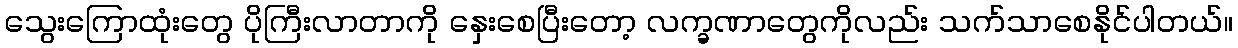
သွေးကြောထုံးတွေ ပိုကြီးလာတာကို နှေးစေပြီးတော့ လက္ခဏာတွေကိုလည်း သက်သာစေနိုင်ပါတယ်။